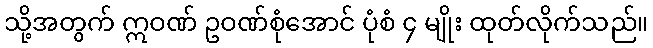
သို့အတွက် ဣဝဏ် ဥဝဏ်စုံအောင် ပုံစံ ၄ မျိုး ထုတ်လိုက်သည်။